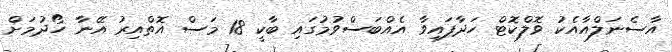
އާސެނަލްއާއެކު ވޮލްކޮޓް ހަދާފައިވާ އެއްބަސްވުމުގައި ބާކީ 18 މަސް އޮތްއިރު އޭނާ ހޯދުމަށް